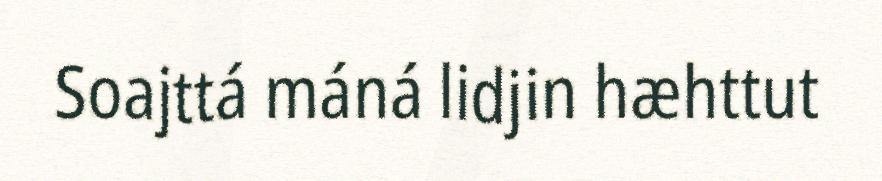
Soajttá máná lidjin hæhttut